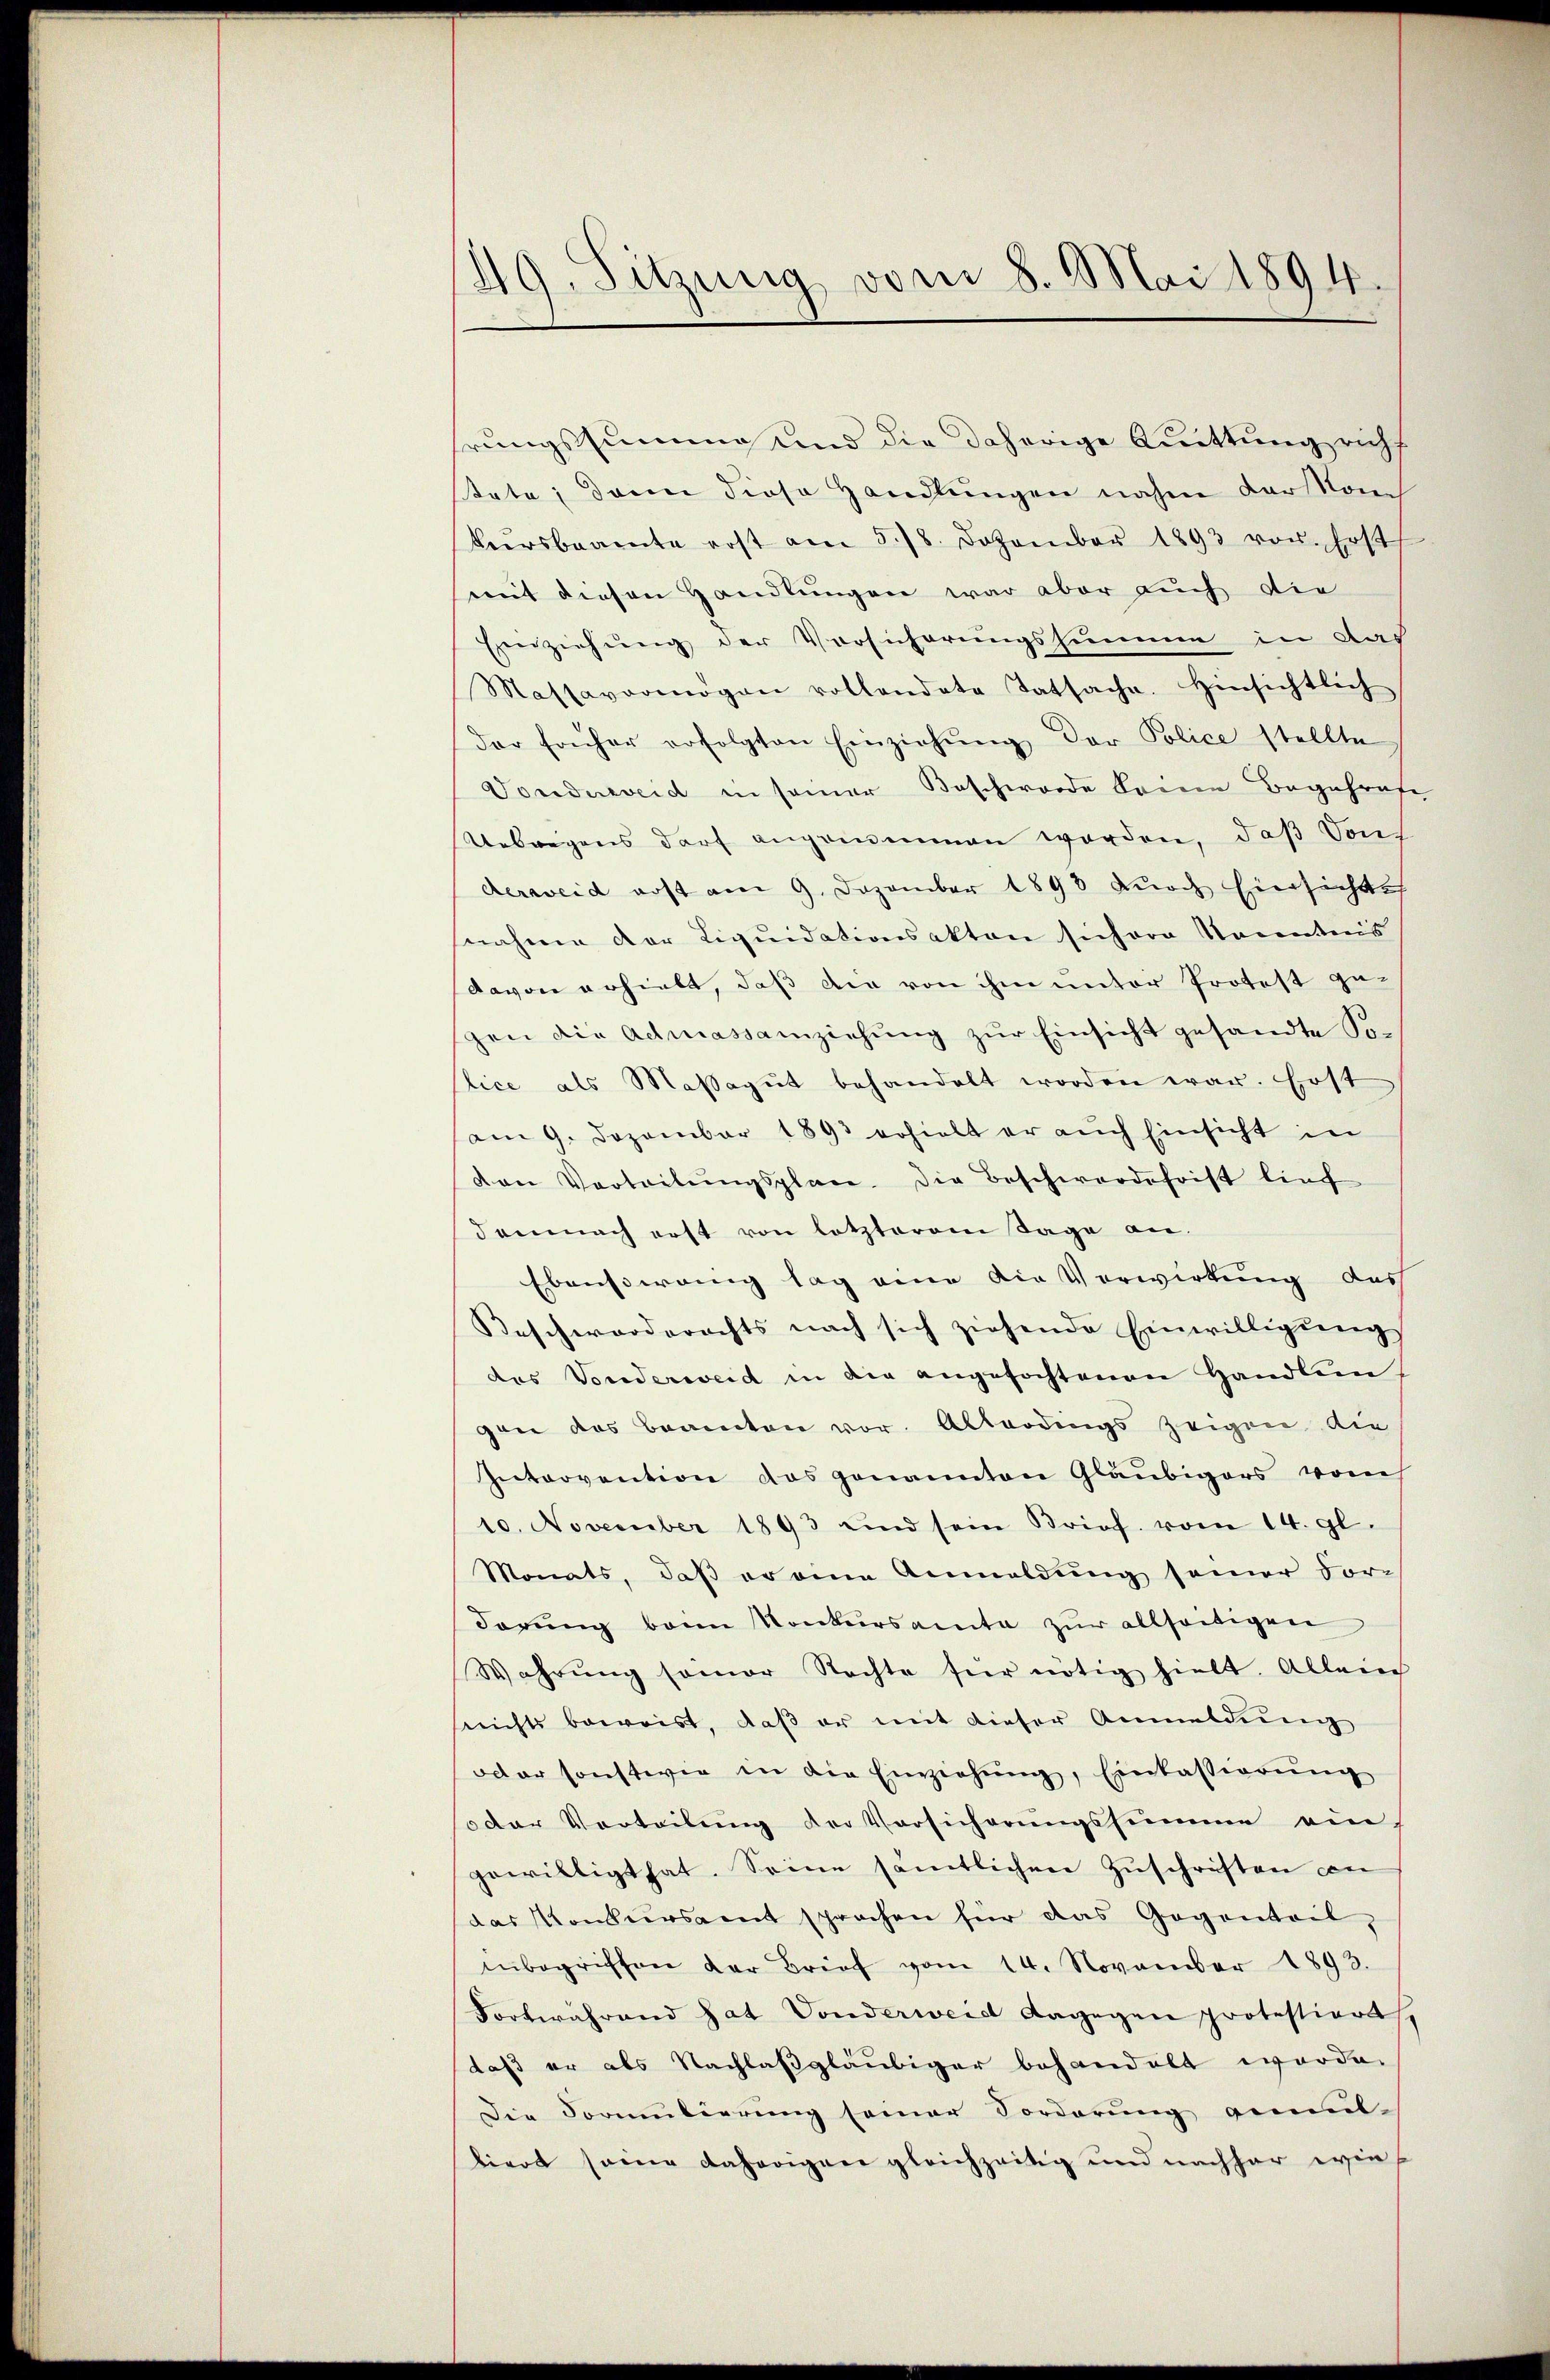
149. Sitzung vom 8. Mai 1894.

hrungssumme sind die daherige Attung richt
stete; dann diese Handlungen nahm der Kom
Heersbeamte erst am 5./8. Dezember 1893 von Erst
mit diesen Handlungen war aber auch die
Einziehung der Vorsicherungssumme in das
Massavermögen vollandate Tatsache. Hinsichtlich
der früher erfolgten Einziehŭng der Police stellte
Dondnweid in seiner Beschwerde beim Begehrase
Uebwegens darf angrimmen worden, daß von
derweid erst am 9. Dezember 1893 durch hiersichte
nahme der Liquidationsakten sichere Namentes
davon erhielt, daß die von ihm unter Protest ge-
gen die Admassainziehŭng zŭr Einsicht gesandte Sor
lice als Massagut behandelt worden war. Erst
am 9. Dezember 1893 erhielt er auch Einsicht in
den Verteilŭngsplan. Die Beschwerdefrist liech
demnach erst von letzterem Tage an.
Ebenstirung lag eine die Verwirkung des
Beschworderachts nach sich ziehende Einwilligŭng
des Vorderweid in die angefochtenen Handlein
gen das Beamten vor. Allerdings zeigen die
Intervention das genannten Gläubigers vom
10. November 1893 und sein Brief. vom 14. gl.
Monats, daß er eine Anmeldung seiner Vor-
Sörŭng bann Konkursamte zŭr allseitigen
Wahrŭng samer Nachte für nötig hielt. Allein
seichts beweist, daß er mit dieser Anmeldung
oder sonstwie in die Einziehŭng, Einkassierŭng
soder Verteilŭng der Vorsicherŭngssumme ein
gewilligt hat. Seine sämtlichen Zuschriften an
das Konkursant sprochen für das Gegenteil,
inbegriffen der Brief vom 14. November 1893.
Fortwährend hat Vonderweid dagegen protestiert
daß er als Nachlaßgläubiger behandelt werde.
Die Formulierung seiner Vorderung gemüt-
tiert seine daherigen gleichzeitig und nachher wie